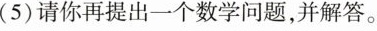
(5)请你再提出一个数学问题，并解答。